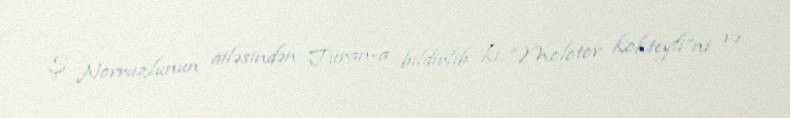
Ş. Novruzlunun ailəsindən Turan-a bildirlib ki, “Molotov kokteyli”ni və